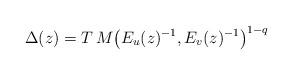
LaTeX: \begin{align*}\Delta(z) = T\, M\big(E_u(z)^{-1},E_v(z)^{-1}\big)^{1-q}\end{align*}